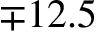
\mp 1 2 . 5